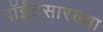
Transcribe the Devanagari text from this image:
पॉईंटसारख्या